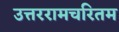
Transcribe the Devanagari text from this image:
उत्तररामचरितम